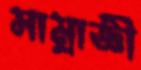
সাম্রাজ্ঞী